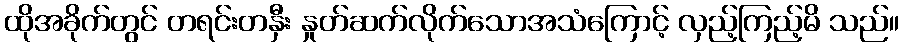
ထိုအခိုက်တွင် တရင်းတနှီး နှုတ်ဆက်လိုက်သောအသံကြောင့် လှည့်ကြည့်မိ သည်။